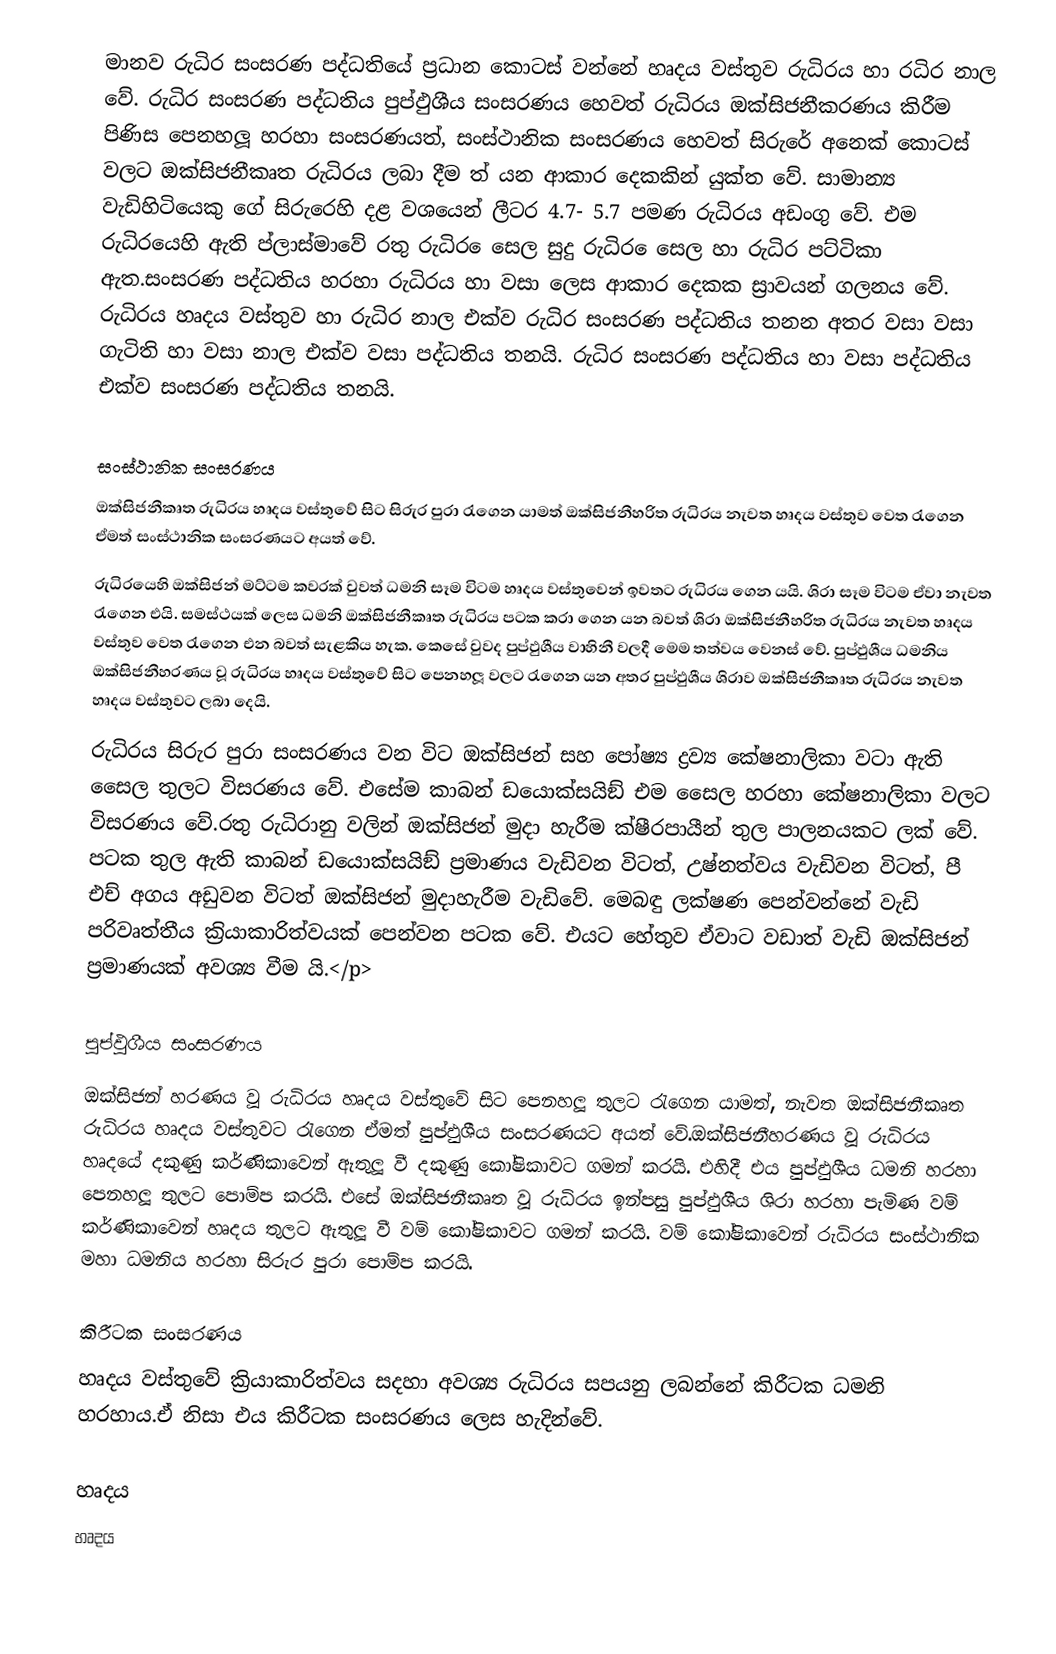
මානව රුධිර සංසරණ පද්ධතියේ ප‍්‍රධාන කොටස් වන්නේ හෘදය වස්තුව රුධිරය හා රධිර නාල වේ. රුධිර සංසරණ පද්ධතිය පුප්ඵුශීය සංසරණය හෙවත් රුධිරය ඔක්සිජනීකරණය කිරීම පිණිස පෙනහලූ හරහා සංසරණයත්, සංස්ථානික සංසරණය හෙවත් සිරුරේ අනෙක් කොටස් වලට ඔක්සිජනීකෘත රුධිරය ලබා දීම ත් යන ආකාර දෙකකින් යුක්ත වේ. සාමාන්‍ය වැඩිහිටියෙකු ගේ සිරුරෙහි දළ වශයෙන් ලීටර 4.7- 5.7 පමණ රුධිරය අඩංගු වේ. එම රුධිරයෙහි ඇති ප්ලාස්මාවේ රතු රුධිර ෙසෙල සුදු රුධිර ෙසෙල හා රුධිර පට්ටිකා ඇත.සංසරණ පද්ධතිය හරහා රුධිරය හා වසා ලෙස ආකාර දෙකක ස‍්‍රාවයන් ගලනය වේ. රුධිරය හෘදය වස්තුව හා රුධිර නාල එක්ව රුධිර සංසරණ පද්ධතිය තනන අතර වසා වසා ගැටිති හා වසා නාල එක්ව වසා පද්ධතිය තනයි. රුධිර සංසරණ පද්ධතිය හා වසා පද්ධතිය එක්ව සංසරණ පද්ධතිය තනයි.

සංස්ථානික සංසරණය
ඔක්සිජනීකෘත රුධිරය හෘදය වස්තුවේ සිට සිරුර පුරා රැගෙන යාමත් ඔක්සිජනීහරිත රුධිරය නැවත හෘදය වස්තුව වෙත රැගෙන ඒමත් සංස්ථානික සංසරණයට අයත් වේ.
රුධිරයෙහි ඔක්සිජන් මට්ටම කවරක් වුවත් ධමනි සෑම විටම හෘදය වස්තුවෙන් ඉවතට රුධිරය ගෙන යයි. ශිරා සෑම විටම ඒවා නැවත රැගෙන එයි. සමස්ථයක් ලෙස ධමනි ඔක්සිජනීකෘත රුධිරය පටක කරා ගෙන යන බවත් ශිරා ඔක්සිජනීහරිත රුධිරය නැවත හෘදය වස්තුව වෙත රැගෙන එන බවත් සැළකිය හැක. කෙසේ වුවද පුප්ඵුශීය වාහිනී වලදී මෙම තත්වය වෙනස් වේ. පුප්ඵුශීය ධමනිය ඔක්සිජනීහරණය වූ රුධිරය හෘදය වස්තුවේ සිට පෙනහලූ වලට රැගෙන යන අතර පුප්ඵුශීය ශිරාව ඔක්සිජනීකෘත රුධිරය නැවත හෘදය වස්තුවට ලබා දෙයි.
රුධිරය සිරුර පුරා සංසරණය වන විට ඔක්සිජන් සහ පෝෂ්‍ය ද්‍රව්‍ය කේෂනාලිකා වටා ඇති සෛල තුලට විසරණය වේ. එසේම කාබන් ඩයොක්සයිඞ් එම සෛල හරහා කේෂනාලිකා වලට විසරණය වේ.රතු රුධිරානු වලින් ඔක්සිජන් මුදා හැරීම ක්ෂීරපායීන් තුල පාලනයකට ලක් වේ. පටක තුල ඇති කාබන් ඩයොක්සයිඞ් ප‍්‍රමාණය වැඩිවන විටත්, උෂ්නත්වය වැඩිවන විටත්, පී එච් අගය අඩුවන විටත් ඔක්සිජන් මුදාහැරීම වැඩිවේ. මෙබඳු ලක්ෂණ පෙන්වන්නේ වැඩි පරිවෘත්තීය ක‍්‍රියාකාරිත්වයක් පෙන්වන පටක වේ. එයට හේතුව ඒවාට වඩාත් වැඩි ඔක්සිජන් ප‍්‍රමාණයක් අවශ්‍ය වීම යි.</p>

පුප්ඵුශීය සංසරණය
ඔක්සිජන් හරණය වූ රුධිරය හෘදය වස්තුවේ සිට පෙනහලූ තුලට රැගෙන යාමත්, නැවත ඔක්සිජනීකෘත රුධිරය හෘදය වස්තුවට රැගෙන ඒමත් පුප්ඵුශීය සංසරණයට අයත් වේ.ඔක්සිජනීහරණය වූ රුධිරය හෘදයේ දකුණු කර්ණිකාවෙන් ඇතුලූ වී දකුණු කෝෂිකාවට ගමන් කරයි. එහිදී එය පුප්ඵුශීය ධමනි හරහා පෙනහලූ තුලට පොම්ප කරයි. එසේ ඔක්සිජනීකෘත වූ රුධිරය ඉන්පසු පුප්ඵුශීය ශිරා හරහා පැමිණ වම් කර්ණිකාවෙන් හෘදය තුලට ඇතුලූ වී වම් කෝෂිකාවට ගමන් කරයි. වම් කෝෂිකාවෙන් රුධිරය සංස්ථානික මහා ධමනිය හරහා සිරුර පුරා පොම්ප කරයි.

කිරීටක සංසරණය
හෘදය වස්තුවේ ක්‍රියාකාරිත්වය සදහා අවශ්‍ය රුධිරය සපයනු ලබන්නේ කිරීටක ධමනි හරහාය.ඒ නිසා එය කිරීටක සංසරණය ලෙස හැදින්වේ.

හෘදය
හෘදය